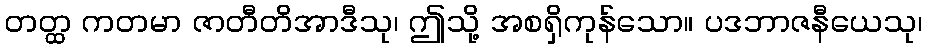
တတ္ထ ကတမာ ဇာတီတိအာဒီသု၊ ဤသို့ အစရှိကုန်သော။ ပဒဘာဇနီယေသု၊